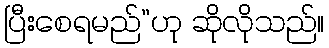
ပြီးစေရမည်”ဟု ဆိုလိုသည်။